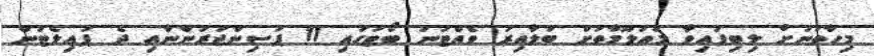
މިހާތަނަށް ލިބިފައިވާ މައުލޫމާތަށް ބަލާއިރު ވެއްޓުނު ބޯޓުގައި 11 ޕަސިންޖަރުންނާއި ދެ ޕައިލެޓުން